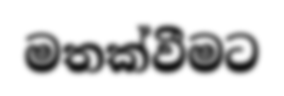
මතක්වීමට